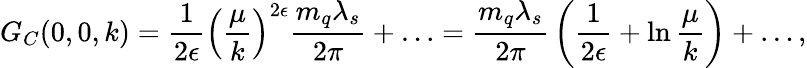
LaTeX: G_{C}(0,0,k)={\frac{1}{2\epsilon}}\left({\frac{\mu}{k}}\right)^{2\epsilon}{\frac{m_{q}\lambda_{s}}{2\pi}}+\ldots={\frac{m_{q}\lambda_{s}}{2\pi}}\left({\frac{1}{2\epsilon}}+\ln{\frac{\mu}{k}}\right)+\ldots,